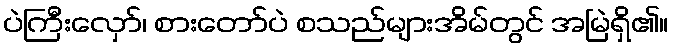
ပဲကြီးလှော်၊ စားတော်ပဲ စသည်များအိမ်တွင် အမြဲရှိ၏။